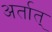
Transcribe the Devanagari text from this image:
अर्तात्